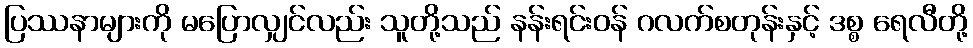
ပြဿနာများကို မပြောလျှင်လည်း သူတို့သည် နန်းရင်းဝန် ဂလက်စတုန်းနှင့် ဒစ္စ ရေလီတို့